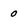
Character: 0